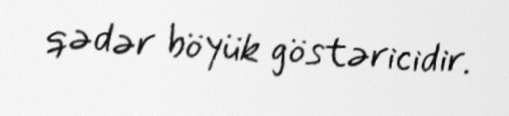
qədər böyük göstəricidir.